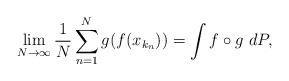
\begin{align*}\lim_{N \to \infty}\frac{1}{N}\sum_{n=1}^N g(f(x_{k_n})) = \int f \circ g\ dP,\end{align*}